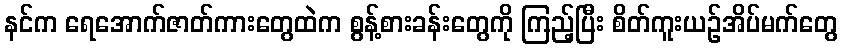
နင်က ရေအောက်ဇာတ်ကားတွေထဲက စွန့်စားခန်းတွေကို ကြည့်ပြီး စိတ်ကူးယဉ်အိပ်မက်တွေ